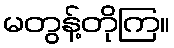
မတွန့်တိုကြ။